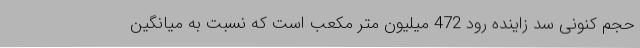
حجم کنونی سد زاینده رود 472 میلیون متر مکعب است که نسبت به میانگین